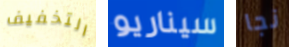
التخفيف سيناريو نجا